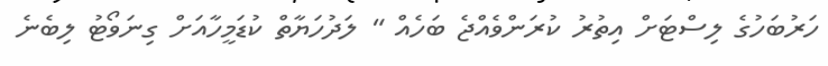
ހަރުބަހުގެ ލިސްޓަށް އިތުރު ކުރަންވެއްޖެ ބަހެއް " ލަދުހަޔާތް ކުޑަމީހާއަށް ގިނަވޯޓު ލިބެނެ